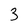
Character: 3